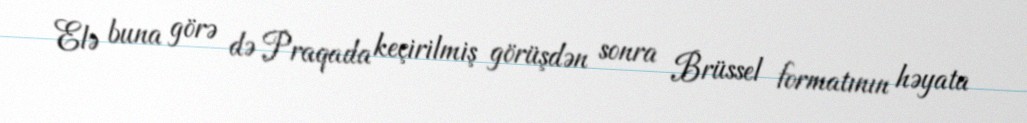
Elə buna görə də Praqada keçirilmiş görüşdən sonra Brüssel formatının həyata